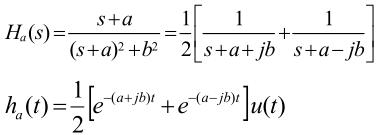
\begin{align*}
H_a(s)&=\frac{s + a}{(s + a)^2 + b^2}=\frac{1}{2}\left[\frac{1}{s + a+ jb}+\frac{1}{s + a - jb}\right]\\
h_a(t)&=\frac{1}{2}\left[e^{-(a + jb)t}+e^{-(a - jb)t}\right]u(t)
\end{align*}